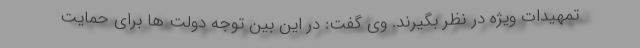
تمهیدات ویژه در نظر بگیرند. وی گفت: در این بین توجه دولت ها برای حمایت